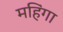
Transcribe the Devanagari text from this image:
महिंगा